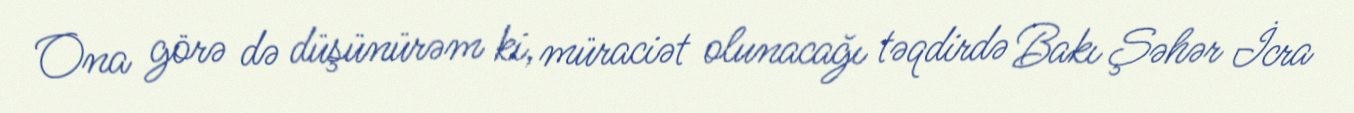
Ona görə də düşünürəm ki, müraciət olunacağı təqdirdə Bakı Şəhər İcra